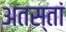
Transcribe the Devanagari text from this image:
अतस्तां